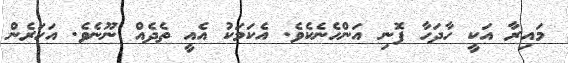
މައިރާ އަކީ ހާދަހާ ފޮނި އަންހެނެކެވެ. އެކަމަކު އެއީ ތެދެއް ނޫނެވެ. އަހަރެން